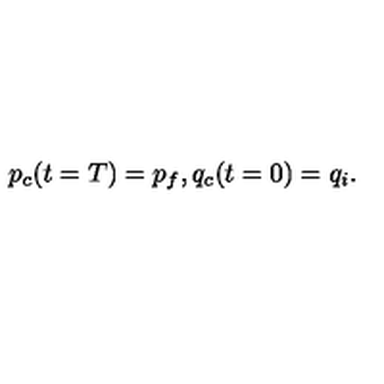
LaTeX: p _ { c } ( t = T ) = p _ { f } , q _ { c } ( t = 0 ) = q _ { i } .